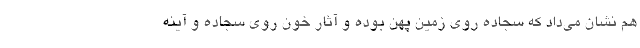
هم نشان می‌داد که سجاده روی زمین پهن بوده و آثار خون روی سجاده و آینه